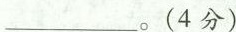
___。(4分)